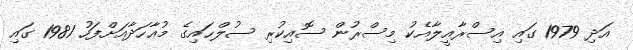
އަދި 1979 ގައި އިސްރާއީލާއެކު މިސްރުން ސޮއިކުރި ސުލްޙައިގެ މުޢާހަދާއަށްފަހު 1981 ގައި